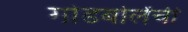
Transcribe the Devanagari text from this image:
गोडबोलेंची